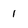
Character: 1